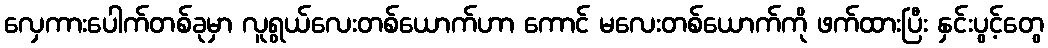
လှေကားပေါက်တစ်ခုမှာ လူရွယ်လေးတစ်ယောက်ဟာ ကောင် မလေးတစ်ယောက်ကို ဖက်ထားပြီး နှင်းပွင့်တွေ